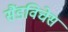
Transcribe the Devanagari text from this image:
सैंडविचेस